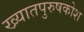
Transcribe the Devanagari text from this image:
ख्यातपुरुषकोश